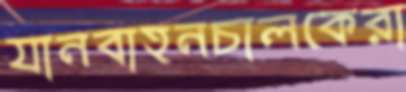
যানবাহনচালকেরা